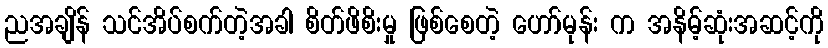
ညအချိန် သင်အိပ်စက်တဲ့အခါ စိတ်ဖိစိးမှု ဖြစ်စေတဲ့ ဟော်မုန်း က အနိမ့်ဆုံးအဆင့်ကို